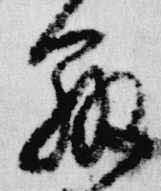
弁